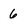
Character: 6